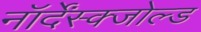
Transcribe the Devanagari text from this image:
नॉर्देंस्क्जोल्ड